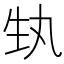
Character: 𭺳